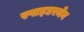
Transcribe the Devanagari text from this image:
स्पाइडरमेन